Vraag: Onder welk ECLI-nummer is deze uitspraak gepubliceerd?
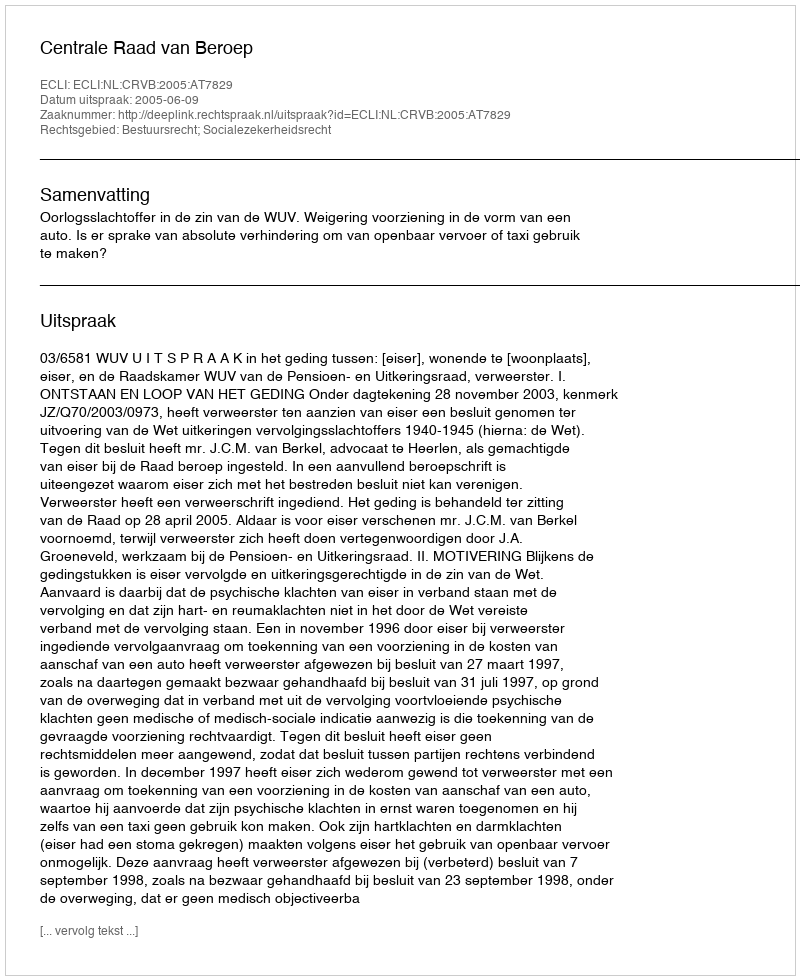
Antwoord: ECLI:NL:CRVB:2005:AT7829